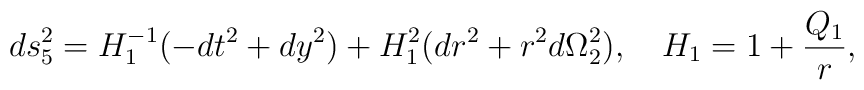
ds_{5}^{2}=H_1^{-1}(-dt^{2}+dy^{2})         +H_1^{2}(dr^{2}+r^{2}d\Omega_{2}^{2}),\quad H_1=1+{Q_1\over r},